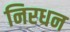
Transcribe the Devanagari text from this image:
निरधन